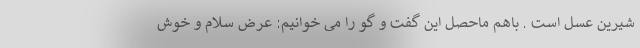
شیرین عسل است . باهم ماحصل این گفت و گو را می خوانیم: عرض سلام و خوش